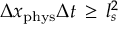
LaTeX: \Delta x _ { \mathrm { p h y s } } \Delta t \, \geq \, l _ { s } ^ { 2 }